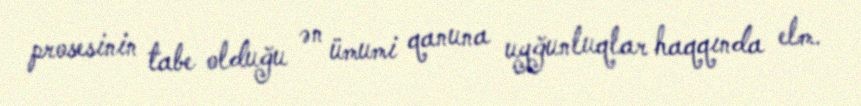
prosesinin tabe olduğu ən ümumi qanuna uyğunluqlar haqqında elm.